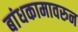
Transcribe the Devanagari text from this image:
बांधकामावरुन